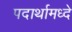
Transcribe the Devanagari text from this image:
पदार्थामध्दे